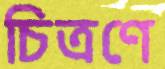
চিত্রণে